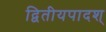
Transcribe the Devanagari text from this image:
द्वितीयपादश्